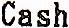
CASH